Rae_vallavalitsus, lk 130
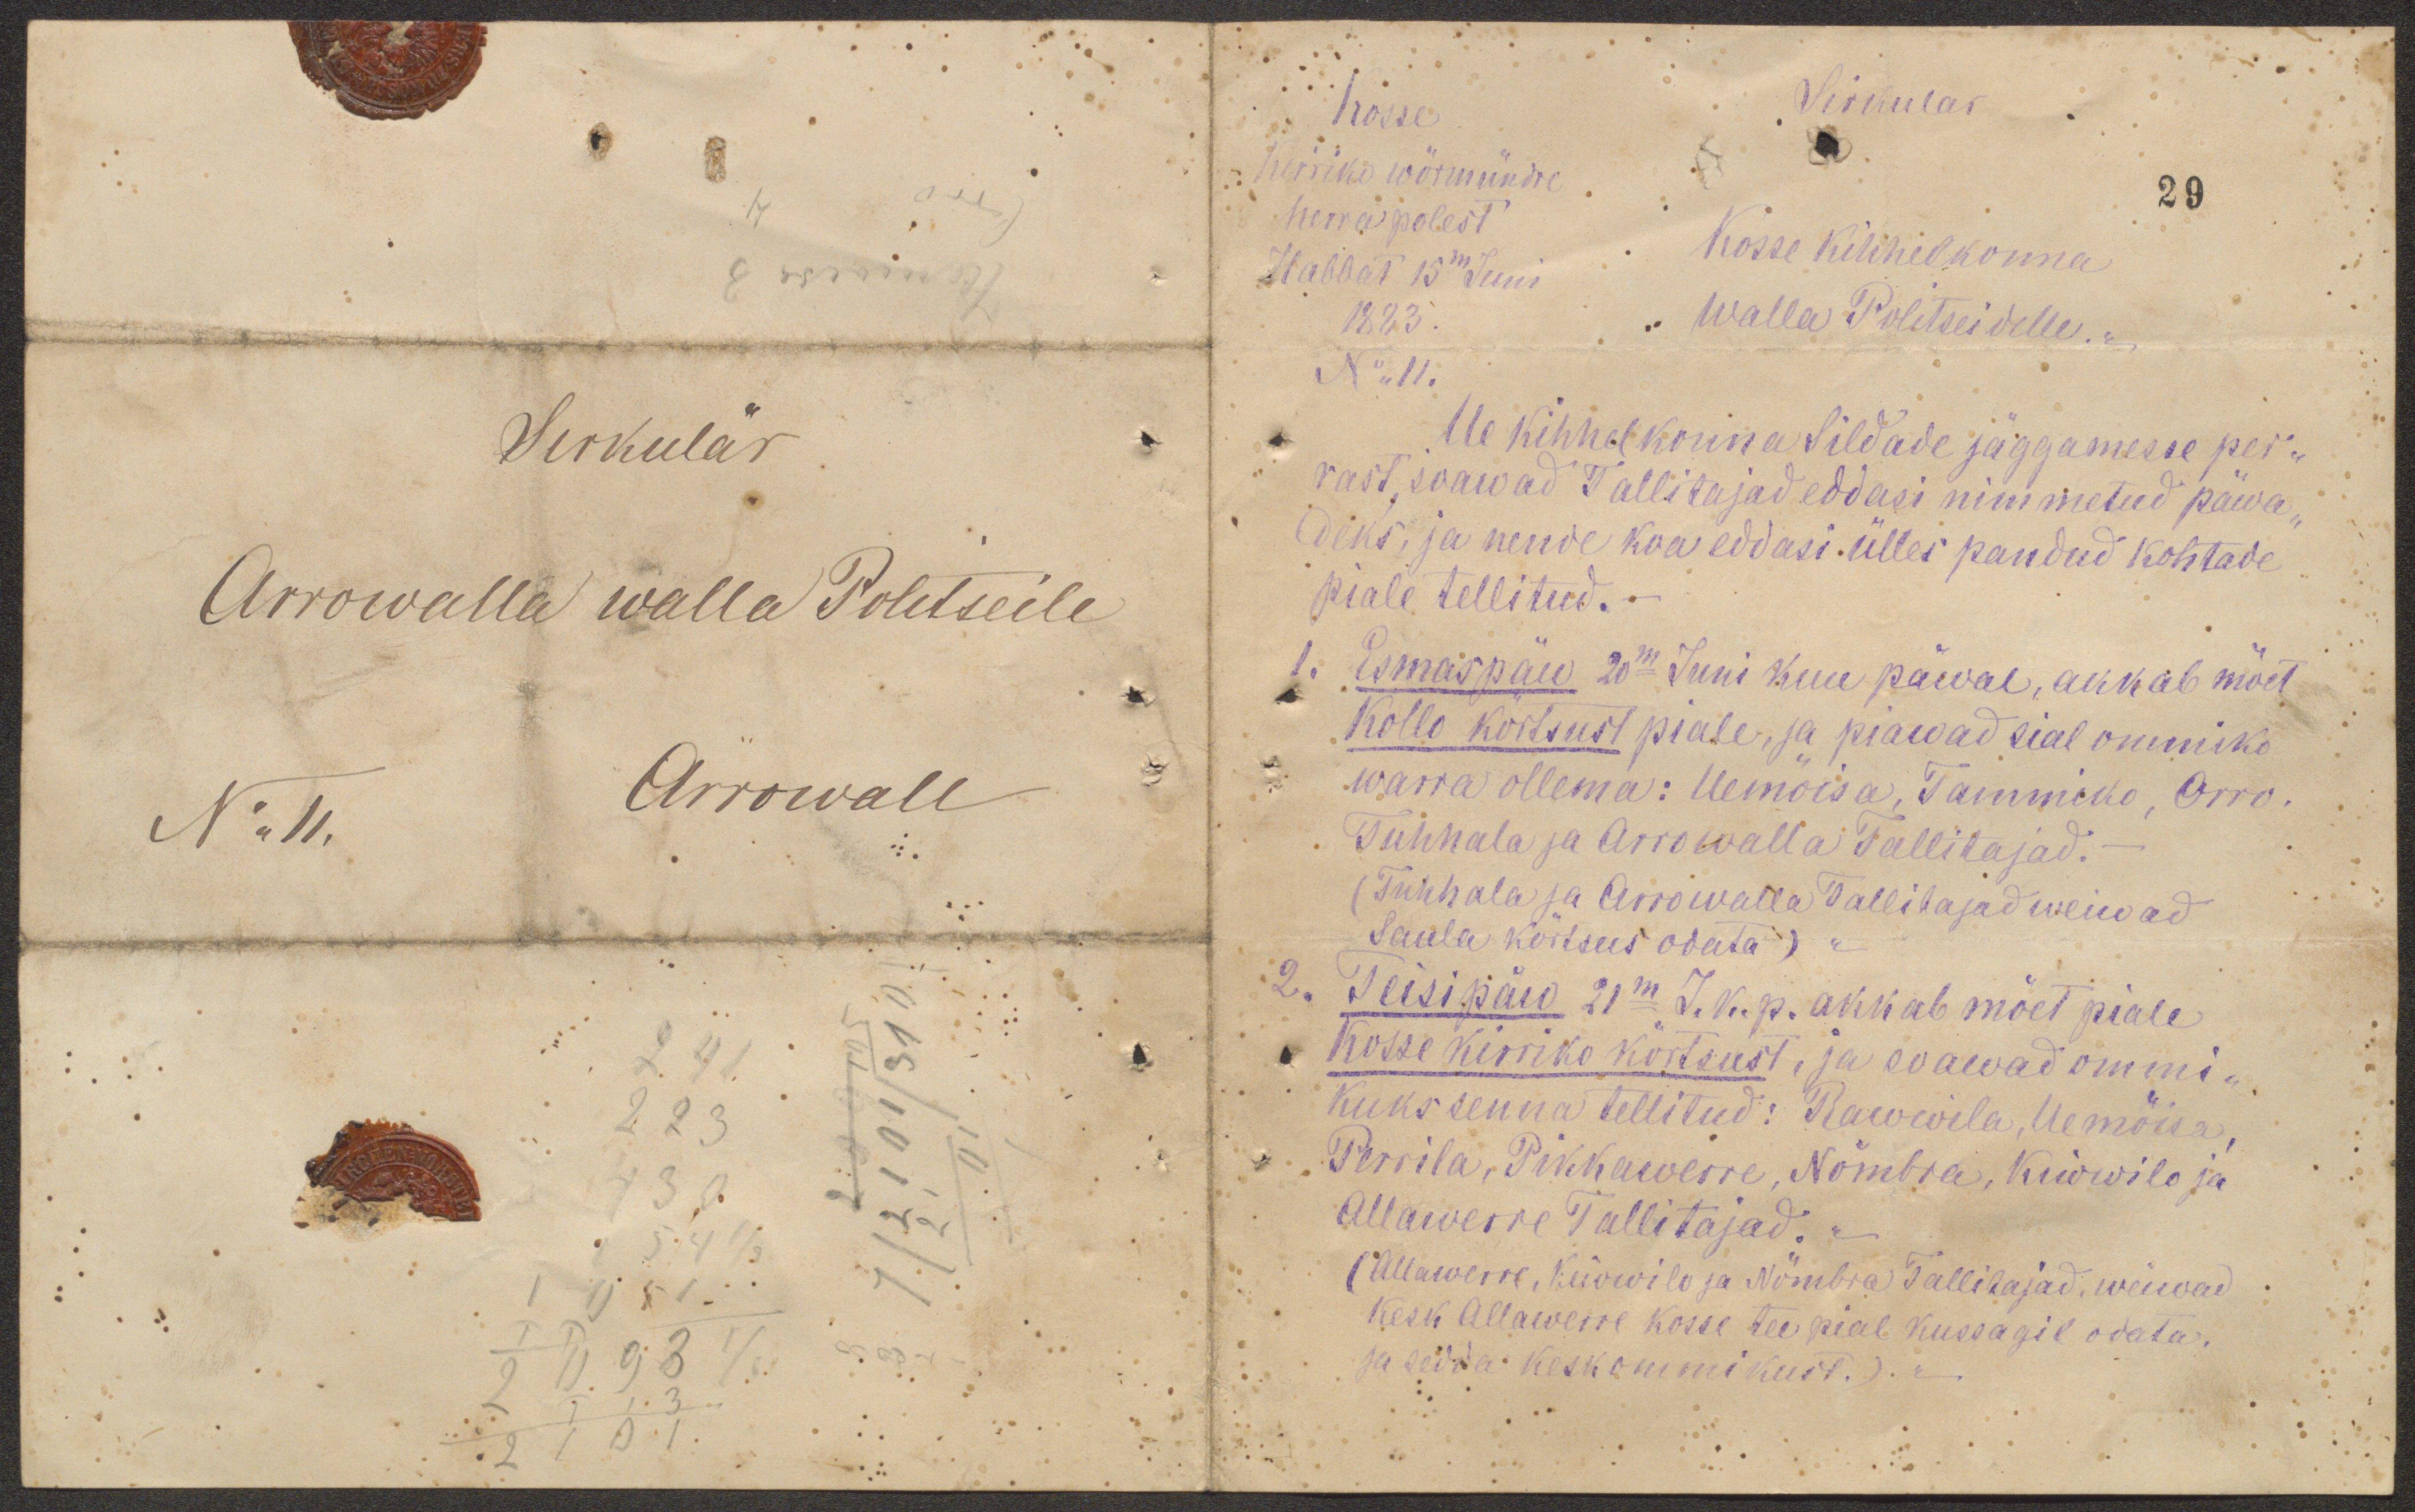
Sirkulär
Arrowalla walla Politseile
No ,, 11.  Arrowall

Sirkular
Kosse
Kirriko wörmündre
herra polest
Habbat 15m Juni
1883.
No ,, 11.
29
Kosse kihhelkonna
walla Politseidelle.
Ue kihhelkonna Sildade jäggamesse per-
rast, soawad Tallitajad eddasi nimmetud päwa-
deks, ja nende koa eddasi ülles pandud kohtade
piale tellitud. -
1. Esmaspäw 20m Juni kuu päwal, akkab mõet
Kollo kõrtsust piale, ja piawad sial ommiko
warra ollema: Uemõisa, Tammiko, Orro,
Tuhhala ja Arrowalla Tallitajad. -
(Tuhhala ja Arrowalla Tallitajad weiwad
Saula kõrtsus odata)
2. Teisipäw 21m  J. k. p. akkab mõet piale
Kosse kirriko kõrtsust, ja soawad ommi-
kuks senna tellitud: Rawwila, Uemõisa,
Perrila, Pikkawerre, Nõmbra, Kiwwilo ja
Allawerre Tallitajad.
(Allawerre, Kiwwilo ja Nõmbra Tallitajad, weiwad
kesk Allawerre Kosse tee pial kussagil odata.
ja sedda keskommikust.).